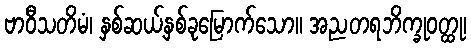
ဗာဝီသတိမံ၊ နှစ်ဆယ့်နှစ်ခုမြောက်သော။ အညတရဘိက္ခုဝတ္ထု၊